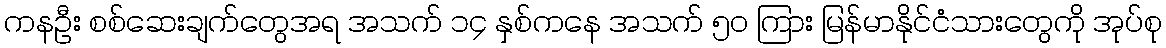
ကနဦး စစ်ဆေးချက်တွေအရ အသက် ၁၄ နှစ်ကနေ အသက် ၅၀ ကြား မြန်မာနိုင်ငံသားတွေကို အုပ်စု